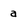
Character: a